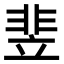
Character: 𬰚